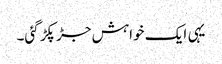
یہی ایک خواہش جڑ پکڑ گئی۔